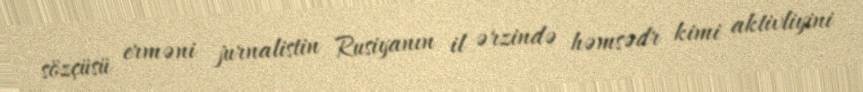
sözçüsü erməni jurnalistin Rusiyanın il ərzində həmsədr kimi aktivliyini